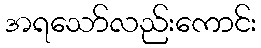
အရသော်လည်းကောင်း